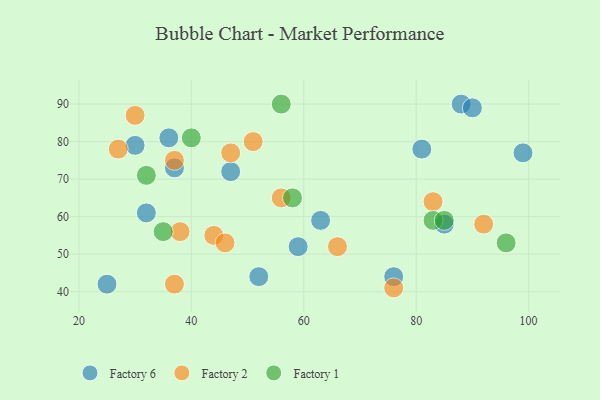
{"axis": {"x": "GDP", "y": "Life Expectancy"}, "legend": ["Factory 1", "Factory 2", "Factory 6"], "data": [{"x": "85", "y": 58, "type": "Factory 6"}, {"x": "81", "y": 78, "type": "Factory 6"}, {"x": "36", "y": 81, "type": "Factory 6"}, {"x": "63", "y": 59, "type": "Factory 6"}, {"x": "37", "y": 73, "type": "Factory 6"}, {"x": "59", "y": 52, "type": "Factory 6"}, {"x": "47", "y": 72, "type": "Factory 6"}, {"x": "25", "y": 42, "type": "Factory 6"}, {"x": "30", "y": 79, "type": "Factory 6"}, {"x": "76", "y": 44, "type": "Factory 6"}, {"x": "32", "y": 61, "type": "Factory 6"}, {"x": "99", "y": 77, "type": "Factory 6"}, {"x": "52", "y": 44, "type": "Factory 6"}, {"x": "88", "y": 90, "type": "Factory 6"}, {"x": "90", "y": 89, "type": "Factory 6"}, {"x": "44", "y": 55, "type": "Factory 2"}, {"x": "37", "y": 75, "type": "Factory 2"}, {"x": "51", "y": 80, "type": "Factory 2"}, {"x": "92", "y": 58, "type": "Factory 2"}, {"x": "66", "y": 52, "type": "Factory 2"}, {"x": "27", "y": 78, "type": "Factory 2"}, {"x": "30", "y": 87, "type": "Factory 2"}, {"x": "46", "y": 53, "type": "Factory 2"}, {"x": "56", "y": 65, "type": "Factory 2"}, {"x": "38", "y": 56, "type": "Factory 2"}, {"x": "37", "y": 42, "type": "Factory 2"}, {"x": "47", "y": 77, "type": "Factory 2"}, {"x": "76", "y": 41, "type": "Factory 2"}, {"x": "83", "y": 64, "type": "Factory 2"}, {"x": "58", "y": 65, "type": "Factory 1"}, {"x": "96", "y": 53, "type": "Factory 1"}, {"x": "40", "y": 81, "type": "Factory 1"}, {"x": "56", "y": 90, "type": "Factory 1"}, {"x": "32", "y": 71, "type": "Factory 1"}, {"x": "83", "y": 59, "type": "Factory 1"}, {"x": "85", "y": 59, "type": "Factory 1"}, {"x": "35", "y": 56, "type": "Factory 1"}]}